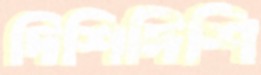
দিশিদিশি